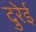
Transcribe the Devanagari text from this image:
दुरेई